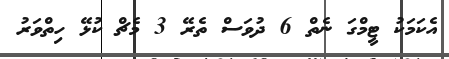
އެކަމަކު ޓީމްގަ ނެތް 6 ދުވަސް ތެރޭ 3 މެޗް ކުޅޭ ހިތްވަރު